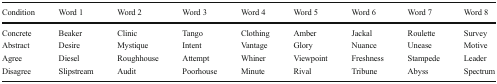
| Condition | Word 1 | Word 2 | Word 3 | Word 4 | Word 5 | Word 6 | Word 7 | Word 8 |
 | --- | --- | --- | --- | --- | --- | --- | --- | --- |
 | Concrete | Beaker | Clinic | Tango | Clothing | Amber | Jackal | Roulette | Survey |
 | Abstract | Desire | Mystique | Intent | Vantage | Glory | Nuance | Unease | Motive |
 | Agree | Diesel | Roughhouse | Attempt | Whiner | Viewpoint | Freshness | Stampede | Leader |
 | Disagree | Slipstream | Audit | Poorhouse | Minute | Rival | Tribune | Abyss | Spectrum |